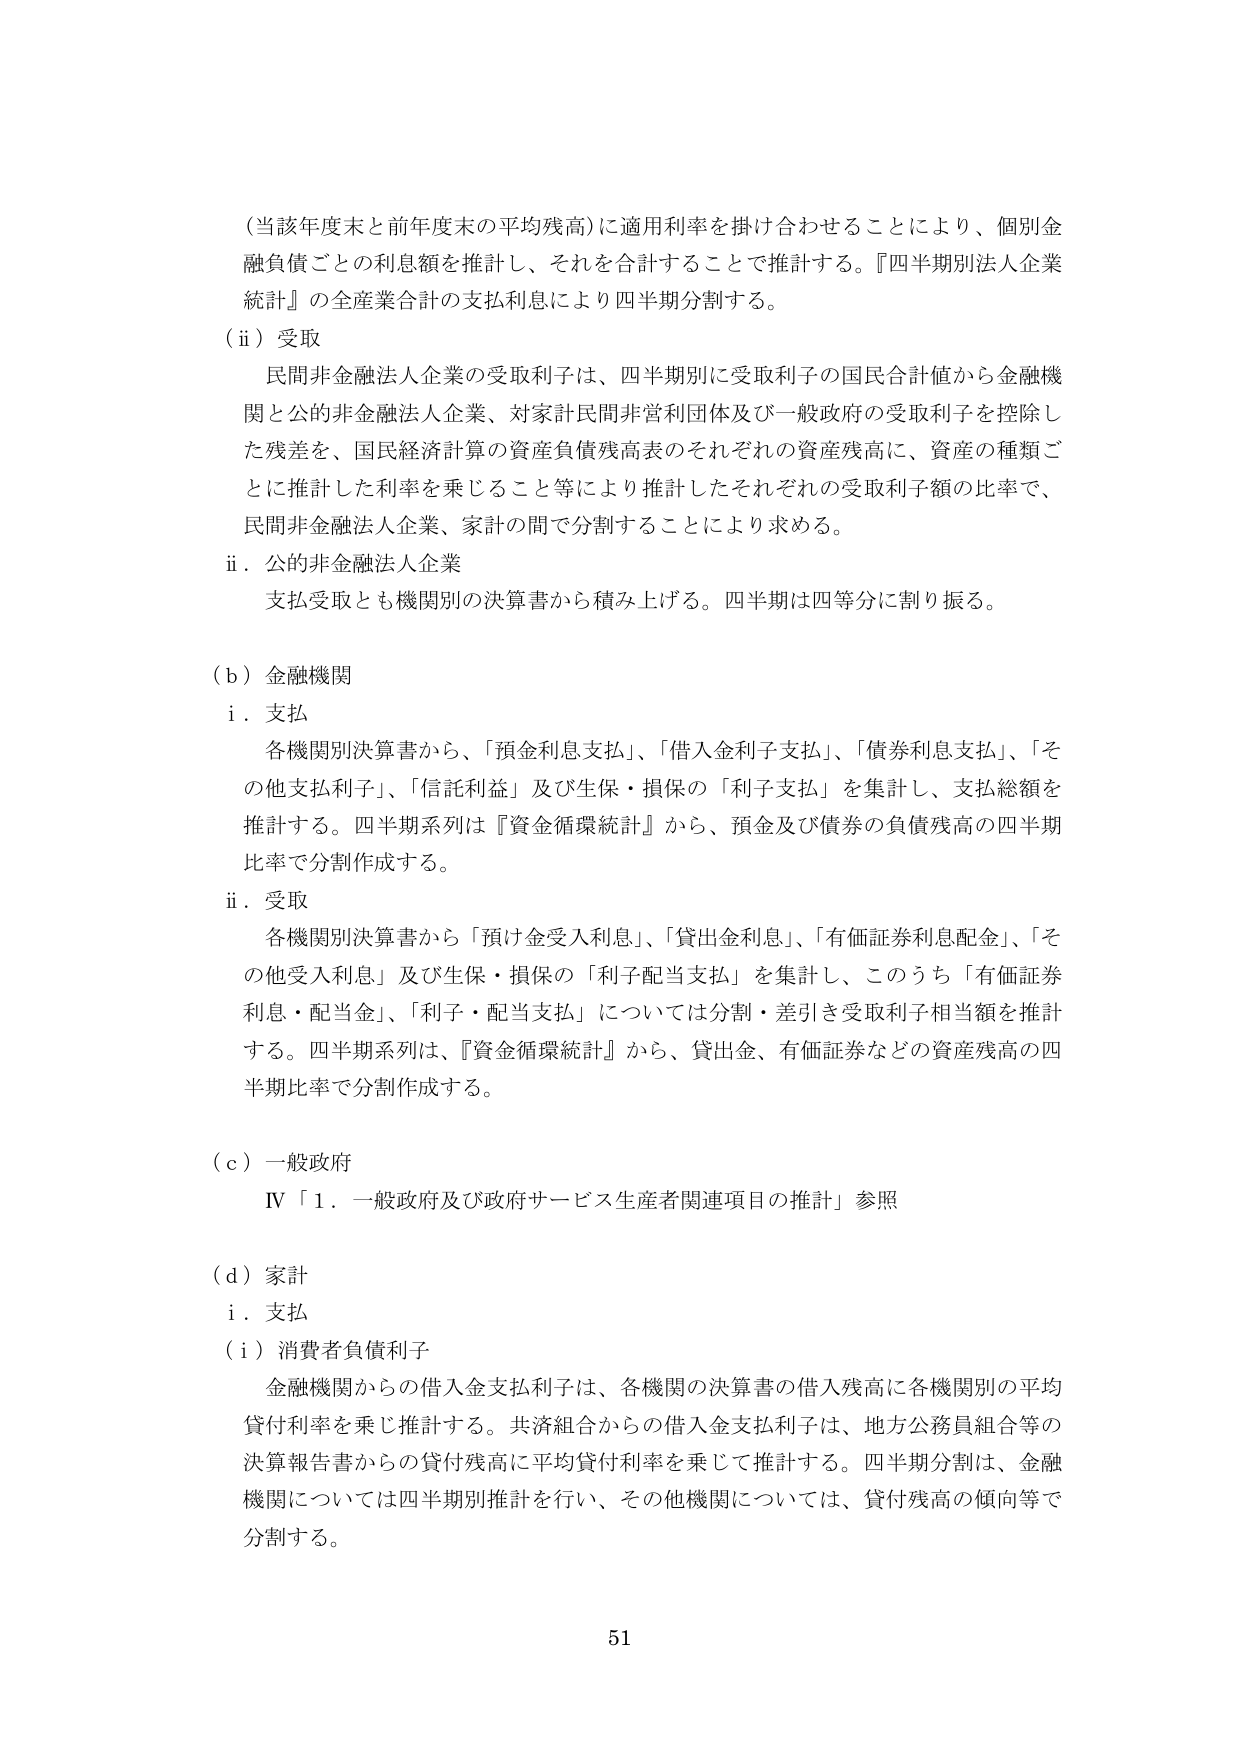
（当該年度末と前年度末の平均残高）に適用利率を掛け合わせることにより、個別金融負債ごとの利息額を推計し、それを合計することで推計する。『四半期別法人企業統計』の全産業合計の支払利息により四半期分割する。

（ⅱ）受取
民間非金融法人企業の受取利子は、四半期別に受取利子の国民合計値から金融機関と公の非金融法人企業、対家計民間非営利団体及び一般政府の受取利子を控除した残差を、国民経済計算の資産負債残高表のそれぞれの資産残高に、資産の種類ごとに推計した利率を乗じること等により推計したそれぞれの受取利子額の比率で、民間非金融法人企業、家計の間で分割することにより求める。

ⅱ．公の非金融法人企業
支払受取とも機関別の決算書から積み上げる。四半期は四等分に割り振る。

（ｂ）金融機関
ⅰ．支払
各機関別決算書から、「預金利息支払」、「借入金利子支払」、「債券利息支払」、「その他支払利子」、「信託利益」及び生保・損保の「利子支払」を集計し、支払総額を推計する。四半期系列は『資金循環統計』から、預金及び債券の負債残高の四半期比率で分割作成する。

ⅱ．受取
各機関別決算書から「預け金受入利息」、「貸出金利息」、「有価証券利息配金」、「その他受入利息」及び生保・損保の「利子配当支払」を集計し、このうち「有価証券利息・配当金」、「利子・配当支払」については分割・差引き受取利子相当額を推計する。四半期系列は、『資金循環統計』から、貸出金、有価証券などの資産残高の四半期比率で分割作成する。

（ｃ）一般政府
Ⅳ「１．一般政府及び政府サービス生産者関連項目の推計」参照

（ｄ）家計
ⅰ．支払
（ⅰ）消費者負債利子
金融機関からの借入金支払利子は、各機関の決算書の借入残高に各機関別の平均貸付利率を乗じ推計する。共済組合からの借入金支払利子は、地方公務員組合等の決算報告書からの貸付残高に平均貸付利率を乗じて推計する。四半期分割は、金融機関については四半期別推計を行い、その他機関については、貸付残高の傾向等で分割する。

51